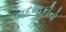
બદબાકીનો